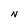
Character: N